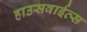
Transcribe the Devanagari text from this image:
हाउसवाईव्स